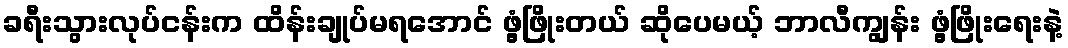
ခရီးသွားလုပ်ငန်းက ထိန်းချုပ်မရအောင် ဖွံ့ဖြိုးတယ် ဆိုပေမယ့် ဘာလီကျွန်း ဖွံ့ဖြိုးရေးနဲ့